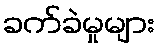
ခက်ခဲမှုများ